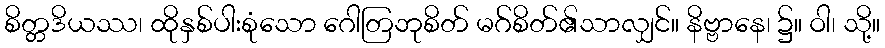
စိတ္တဒိယဿ၊ ထိုနှစ်ပါးစုံသော ဂေါတြဘုစိတ် မဂ်စိတ်၏သာလျှင်။ နိဗ္ဗာနေ၊ ၌။ ဝါ၊ သို့။